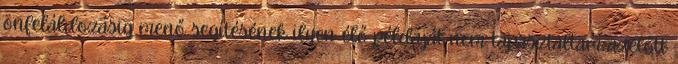
önfeláldozásig menő segítésének ilyen élő példáját nem tapasztaltam azelőtt